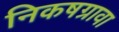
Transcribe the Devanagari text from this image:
निकषग्रावा